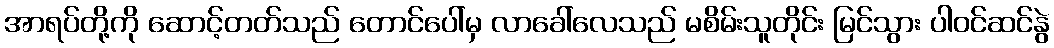
အာရပ်တို့ကို ဆောင့်တတ်သည် တောင်ပေါ်မှ လာခေါ်လေသည် မစိမ်းသူတိုင်း မြင်သွား ပါဝင်ဆင်နွဲ